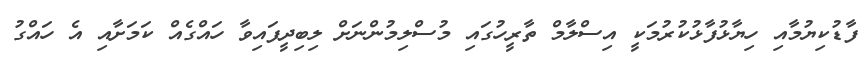
ފާޑުކިޔުމާއި ހިޔާޅުފާޅުކުރުމަކީ އިސްލާމް ތާރީހުގައި މުސްލިމުންނަށް ލިބިދީފައިވާ ހައްގެއް ކަމަށާއި އެ ހައްގު